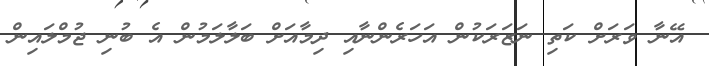
އޭނާ ވަރަށް ކަތި ނަޒަރަކުން އަހަރެންނާއި ދިމާއަށް ބަލާލަމުން އެ ބުނި ޖުމްލައިން